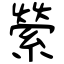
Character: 縈